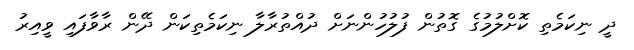
ދީ ނިކަމެތި ކޮށްލުމުގެ ގޮތުން ފުލުހުންނަށް ދުއްތުރާލާ ނިކަމެތިކަން ދޭން ރާވާފައި ވީއިރު